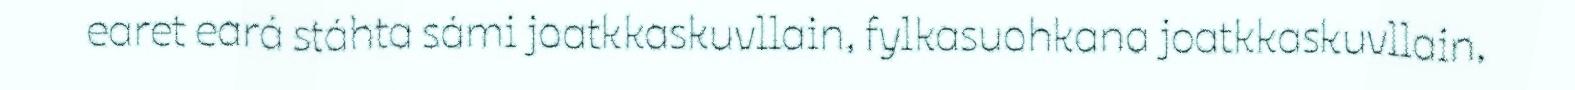
earet eará stáhta sámi joatkkaskuvllain, fylkasuohkana joatkkaskuvllain,